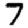
Digit: 7